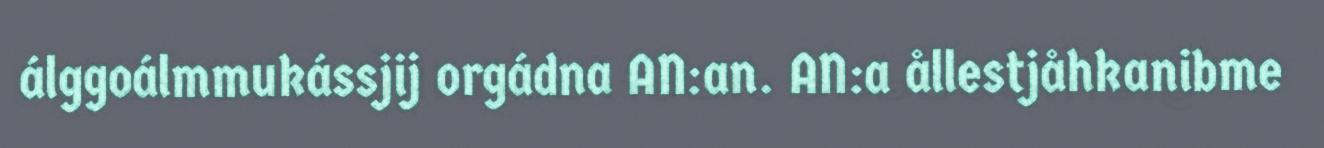
álggoálmmukássjij orgádna AN:an. AN:a ållestjåhkanibme